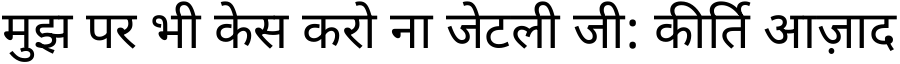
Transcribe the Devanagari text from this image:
मुझ पर भी केस करो ना जेटली जी: कीर्ति आज़ाद